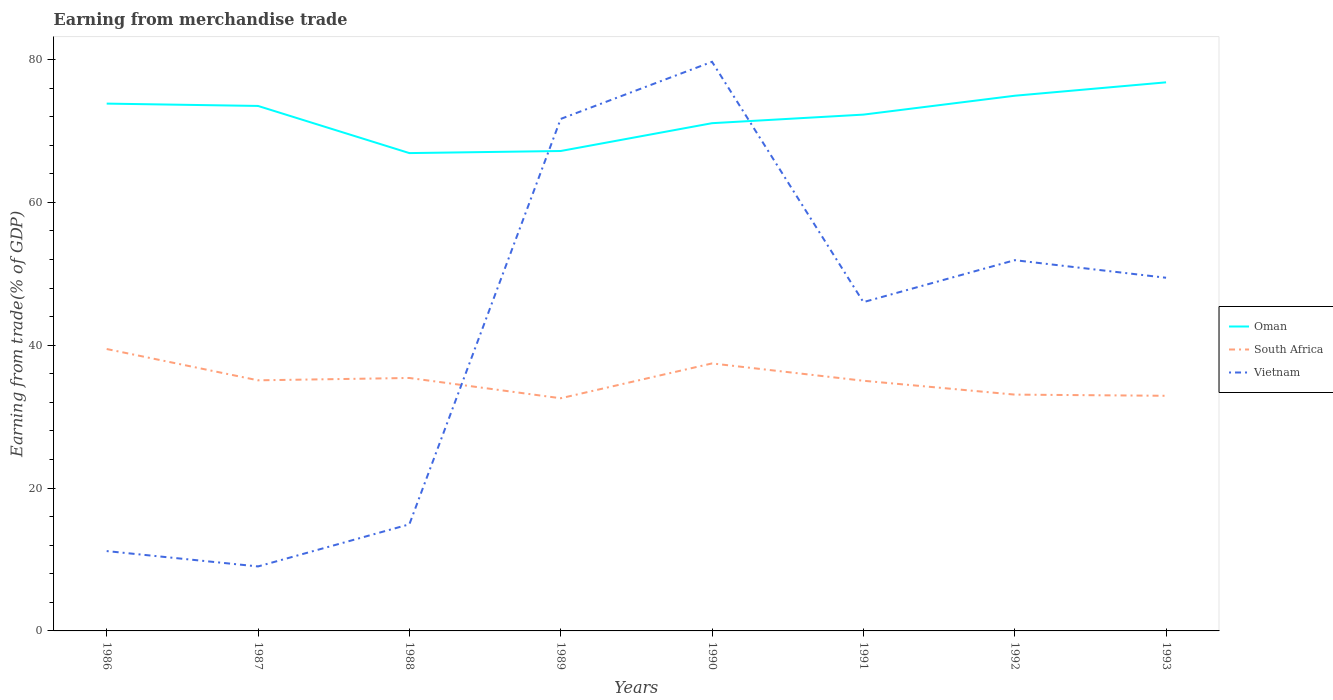
| Years | Oman | South Africa | Vietnam |
 | --- | --- | --- | --- |
 | 1986 | 73.8 | 39.5 | 11.2 |
 | 1987 | 73.5 | 35.1 | 9.03 |
 | 1988 | 66.9 | 35.4 | 14.9 |
 | 1989 | 67.2 | 32.6 | 71.7 |
 | 1990 | 71.1 | 37.4 | 79.7 |
 | 1991 | 72.3 | 35 | 46 |
 | 1992 | 74.9 | 33.1 | 51.9 |
 | 1993 | 76.8 | 32.9 | 49.4 |